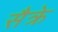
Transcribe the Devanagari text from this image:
सैक्रे